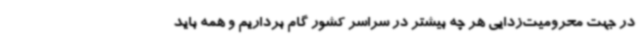
در جهت محرومیت‌زدایی هر چه بیشتر در سراسر کشور گام برداریم و همه باید